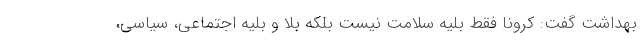
بهداشت گفت: کرونا فقط بلیه سلامت نیست بلکه بلا و بلیه اجتماعی، سیاسی،